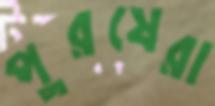
পুরষেরা